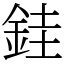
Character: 銈